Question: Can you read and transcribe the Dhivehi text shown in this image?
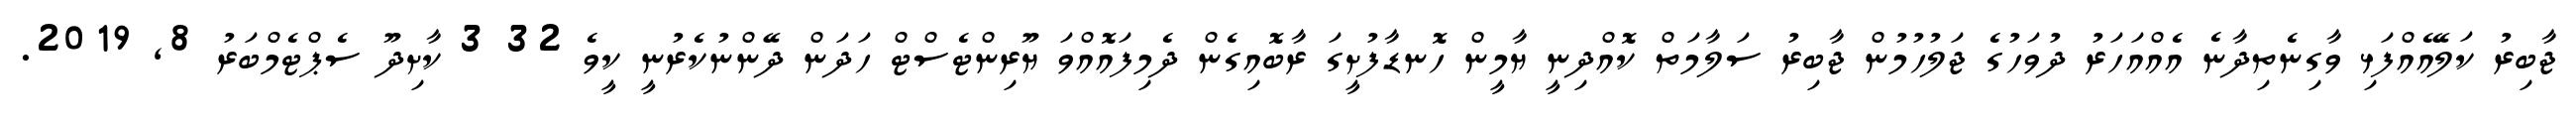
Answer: ޖާބިރު ކަލޭއެއްފަޅި ވާގިނެތިދާނެ އެއްއަހަރު ދުވަހުގެ ޖަލުހުމުން ޖާބިރު ސަލާމަތް ކޮއްދިނީ ޔާމީން ހޮނޑާފުށީގަ ރާބޮއިގެން ދެމިފައޮއްވަ ޔޫރިންޓެސްޓް ހަދަން ދޭންނުކެރުނީ ކީވެ 32 3 ކާށިދޫ ސެޕްޓެމްބަރު 8, 2019.